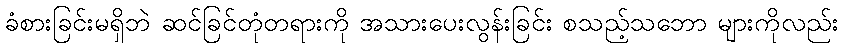
ခံစားခြင်းမရှိဘဲ ဆင်ခြင်တုံတရားကို အသားပေးလွန်းခြင်း စသည့်သဘော များကိုလည်း